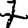
Digit: 7